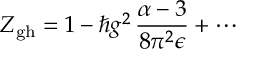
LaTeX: Z _ { \mathrm { g h } } = 1 - \hbar g ^ { 2 } \, \frac { \alpha - 3 } { 8 \pi ^ { 2 } \epsilon } + \cdots